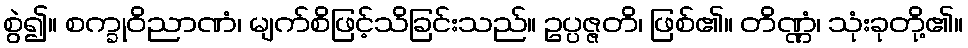
စွဲ၍။ စက္ခုဝိညာဏံ၊ မျက်စိဖြင့်သိခြင်းသည်။ ဥပ္ပဇ္ဇတိ၊ ဖြစ်၏။ တိဏ္ဏံ၊ သုံးခုတို့၏။